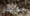
تغسل